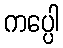
ကပ္ပေါ